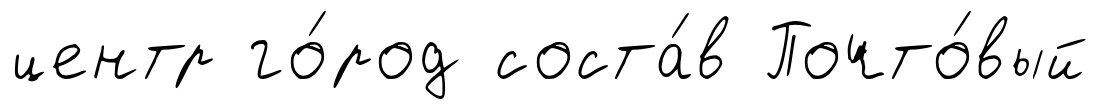
центр го́род соста́в Почто́вый